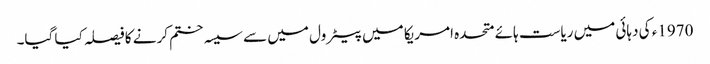
1970ء کی دہائی میں ریاست ہائے متحدہ امریکا میں پیٹرول میں سے سیسہ ختم کرنے کا فیصلہ کیا گیا۔